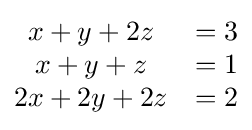
{\begin{matrix}x+y+2z&=3\\x+y+z&=1\\2x+2y+2z&=2\end{matrix}}